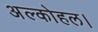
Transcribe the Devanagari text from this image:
अल्कोहल।